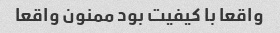
واقعا با کیفیت بود ممنون واقعا